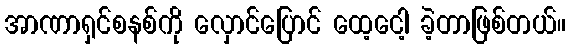
အာဏာရှင်စနစ်ကို လှောင်ပြောင် ထေ့ငေါ့ ခဲ့တာဖြစ်တယ်။